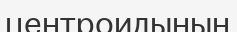
центроидының